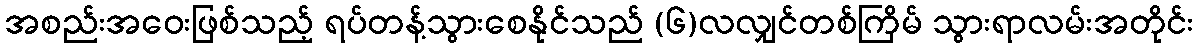
အစည်းအဝေးဖြစ်သည့် ရပ်တန့်သွားစေနိုင်သည် (၆)လလျှင်တစ်ကြိမ် သွားရာလမ်းအတိုင်း